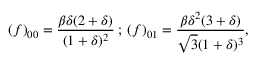
( f ) _ { 0 0 } = \frac { \beta \delta ( 2 + \delta ) } { ( 1 + \delta ) ^ { 2 } } \: ; \: ( f ) _ { 0 1 } = \frac { \beta \delta ^ { 2 } ( 3 + \delta ) } { \sqrt { 3 } ( 1 + \delta ) ^ { 3 } } ,